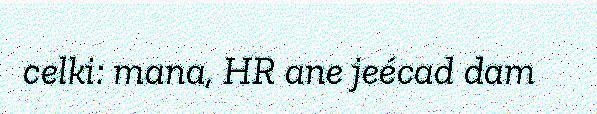
celki: mana, HR ane jeécad dam